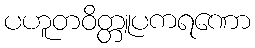
ပဟူတဝိတ္တူပကရဏော